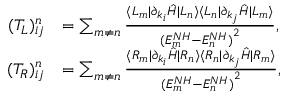
\begin{array} { r l } { ( T _ { L } ) _ { i j } ^ { n } } & { = \sum _ { m \neq n } \frac { \langle L _ { m } | \partial _ { k _ { i } } \hat { H } | L _ { n } \rangle \langle L _ { n } | \partial _ { k _ { j } } \hat { H } | L _ { m } \rangle } { { ( E _ { m } ^ { N H } - E _ { n } ^ { N H } ) } ^ { 2 } } , } \\ { ( T _ { R } ) _ { i j } ^ { n } } & { = \sum _ { m \neq n } \frac { \langle R _ { m } | \partial _ { k _ { i } } \hat { H } | R _ { n } \rangle \langle R _ { n } | \partial _ { k _ { j } } \hat { H } | R _ { m } \rangle } { { ( E _ { m } ^ { N H } - E _ { n } ^ { N H } ) } ^ { 2 } } , } \end{array}